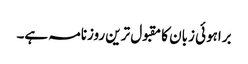
براہوئی زبان کا مقبول ترین روزنامہ ہے۔